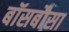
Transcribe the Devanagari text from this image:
बॉसबौसा